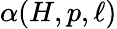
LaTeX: \alpha(H,p,\ell)